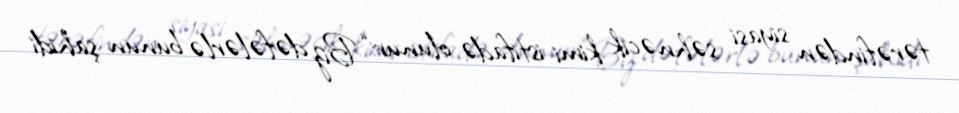
tərəfindən siyasi səhnəcik kimi istifadə olunur: “Biz dəfələrlə bunun şahidi